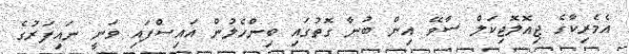
އެމެރިކާގެ ޖިއޮލޮޖިކަލް ސާވޭ އިން ބުނާ ގޮތުގައި ބިންހެލުން އައިސްފައި ވަނީ ނައިފަރުގެ